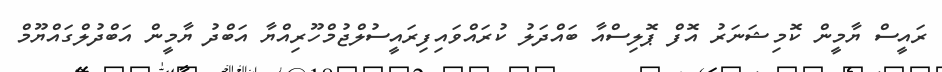
ރައީސް ޔާމީން ކޮމިޝަނަރު އޮފް ޕޮލިސްއާ ބައްދަލު ކުރައްވައިފިރައީސުލްޖުމްހޫރިއްޔާ އަބްދު ޔާމީން އަބްދުލްގައްޔޫމް